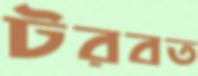
টরবত